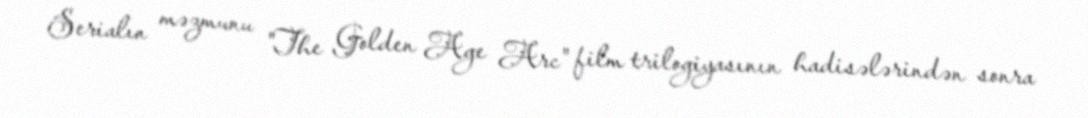
Serialın məzmunu "The Golden Age Arc" film trilogiyasının hadisələrindən sonra